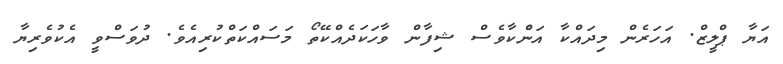
އަޔާ ޕްލީޒް. އަހަރެން މިދައްކާ އަނެްކާވެސް ޝިފާން ވާހަކަދެއްކޭތޯ މަސައްކަތްކުރިއެވެ. ދުވަސްވީ އެކުވެރިޔާ